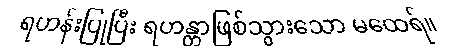
ရဟန်းပြုပြီး ရဟန္တာဖြစ်သွားသော မထေရ်။